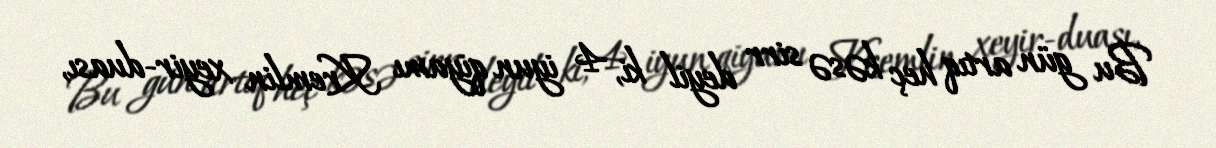
Bu gün artıq heç kəsə sirr deyil ki, 4 iyun qiyamı Kremlin xeyir-duası,